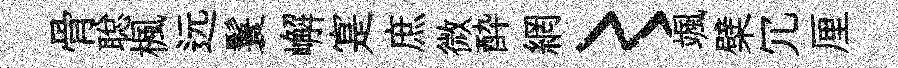
骨聪楓远鬟嶰寔庶微酔網〻颯檗冗厘